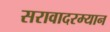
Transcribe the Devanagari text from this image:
सरावादरम्यान